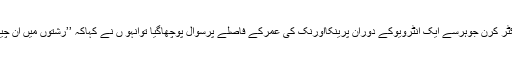
حال ہی میں جب بالی ووڈ ڈائریکٹر کرن جوہرسے ایک انٹرویوکے دوران پرینکااورنک کی عمرکے فاصلے پرسوال پوچھاگیا توانہو ں نے کہاکہ ’’رشتوں میں ان چیزوں کونہیں دیکھنا چاہئے ہیں‘‘۔